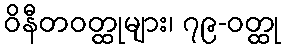
ဝိနီတဝတ္ထုများ၊ ၇၉-ဝတ္ထု